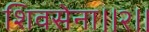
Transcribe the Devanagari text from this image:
शिवसेना।।२।।